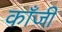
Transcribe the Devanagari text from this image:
काँजी